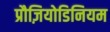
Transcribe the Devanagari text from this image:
प्रौज़ियोडिनियम